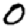
Digit: 0